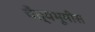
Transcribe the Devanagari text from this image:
चैत्यभूमीस